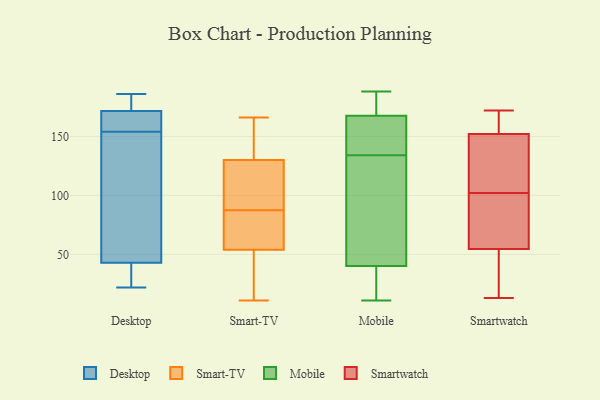
{"axis": {"x": "Market Share (%)", "y": "Value"}, "legend": ["Desktop", "Mobile", "Smart-TV", "Smartwatch"], "data": [{"x": "", "y": 79, "type": "Desktop"}, {"x": "", "y": 160, "type": "Desktop"}, {"x": "", "y": 150, "type": "Desktop"}, {"x": "", "y": 186, "type": "Desktop"}, {"x": "", "y": 185, "type": "Desktop"}, {"x": "", "y": 171, "type": "Desktop"}, {"x": "", "y": 40, "type": "Desktop"}, {"x": "", "y": 162, "type": "Desktop"}, {"x": "", "y": 68, "type": "Desktop"}, {"x": "", "y": 42, "type": "Desktop"}, {"x": "", "y": 31, "type": "Desktop"}, {"x": "", "y": 22, "type": "Desktop"}, {"x": "", "y": 44, "type": "Desktop"}, {"x": "", "y": 178, "type": "Desktop"}, {"x": "", "y": 158, "type": "Desktop"}, {"x": "", "y": 172, "type": "Desktop"}, {"x": "", "y": 71, "type": "Smart-TV"}, {"x": "", "y": 143, "type": "Smart-TV"}, {"x": "", "y": 166, "type": "Smart-TV"}, {"x": "", "y": 11, "type": "Smart-TV"}, {"x": "", "y": 118, "type": "Smart-TV"}, {"x": "", "y": 130, "type": "Smart-TV"}, {"x": "", "y": 104, "type": "Smart-TV"}, {"x": "", "y": 57, "type": "Smart-TV"}, {"x": "", "y": 37, "type": "Smart-TV"}, {"x": "", "y": 54, "type": "Smart-TV"}, {"x": "", "y": 157, "type": "Mobile"}, {"x": "", "y": 30, "type": "Mobile"}, {"x": "", "y": 178, "type": "Mobile"}, {"x": "", "y": 171, "type": "Mobile"}, {"x": "", "y": 19, "type": "Mobile"}, {"x": "", "y": 188, "type": "Mobile"}, {"x": "", "y": 71, "type": "Mobile"}, {"x": "", "y": 145, "type": "Mobile"}, {"x": "", "y": 106, "type": "Mobile"}, {"x": "", "y": 11, "type": "Mobile"}, {"x": "", "y": 134, "type": "Mobile"}, {"x": "", "y": 97, "type": "Smartwatch"}, {"x": "", "y": 18, "type": "Smartwatch"}, {"x": "", "y": 125, "type": "Smartwatch"}, {"x": "", "y": 97, "type": "Smartwatch"}, {"x": "", "y": 147, "type": "Smartwatch"}, {"x": "", "y": 102, "type": "Smartwatch"}, {"x": "", "y": 164, "type": "Smartwatch"}, {"x": "", "y": 13, "type": "Smartwatch"}, {"x": "", "y": 64, "type": "Smartwatch"}, {"x": "", "y": 148, "type": "Smartwatch"}, {"x": "", "y": 164, "type": "Smartwatch"}, {"x": "", "y": 172, "type": "Smartwatch"}, {"x": "", "y": 26, "type": "Smartwatch"}]}